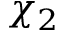
\chi _ { 2 }